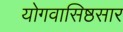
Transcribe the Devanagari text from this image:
योगवासिष्ठसार